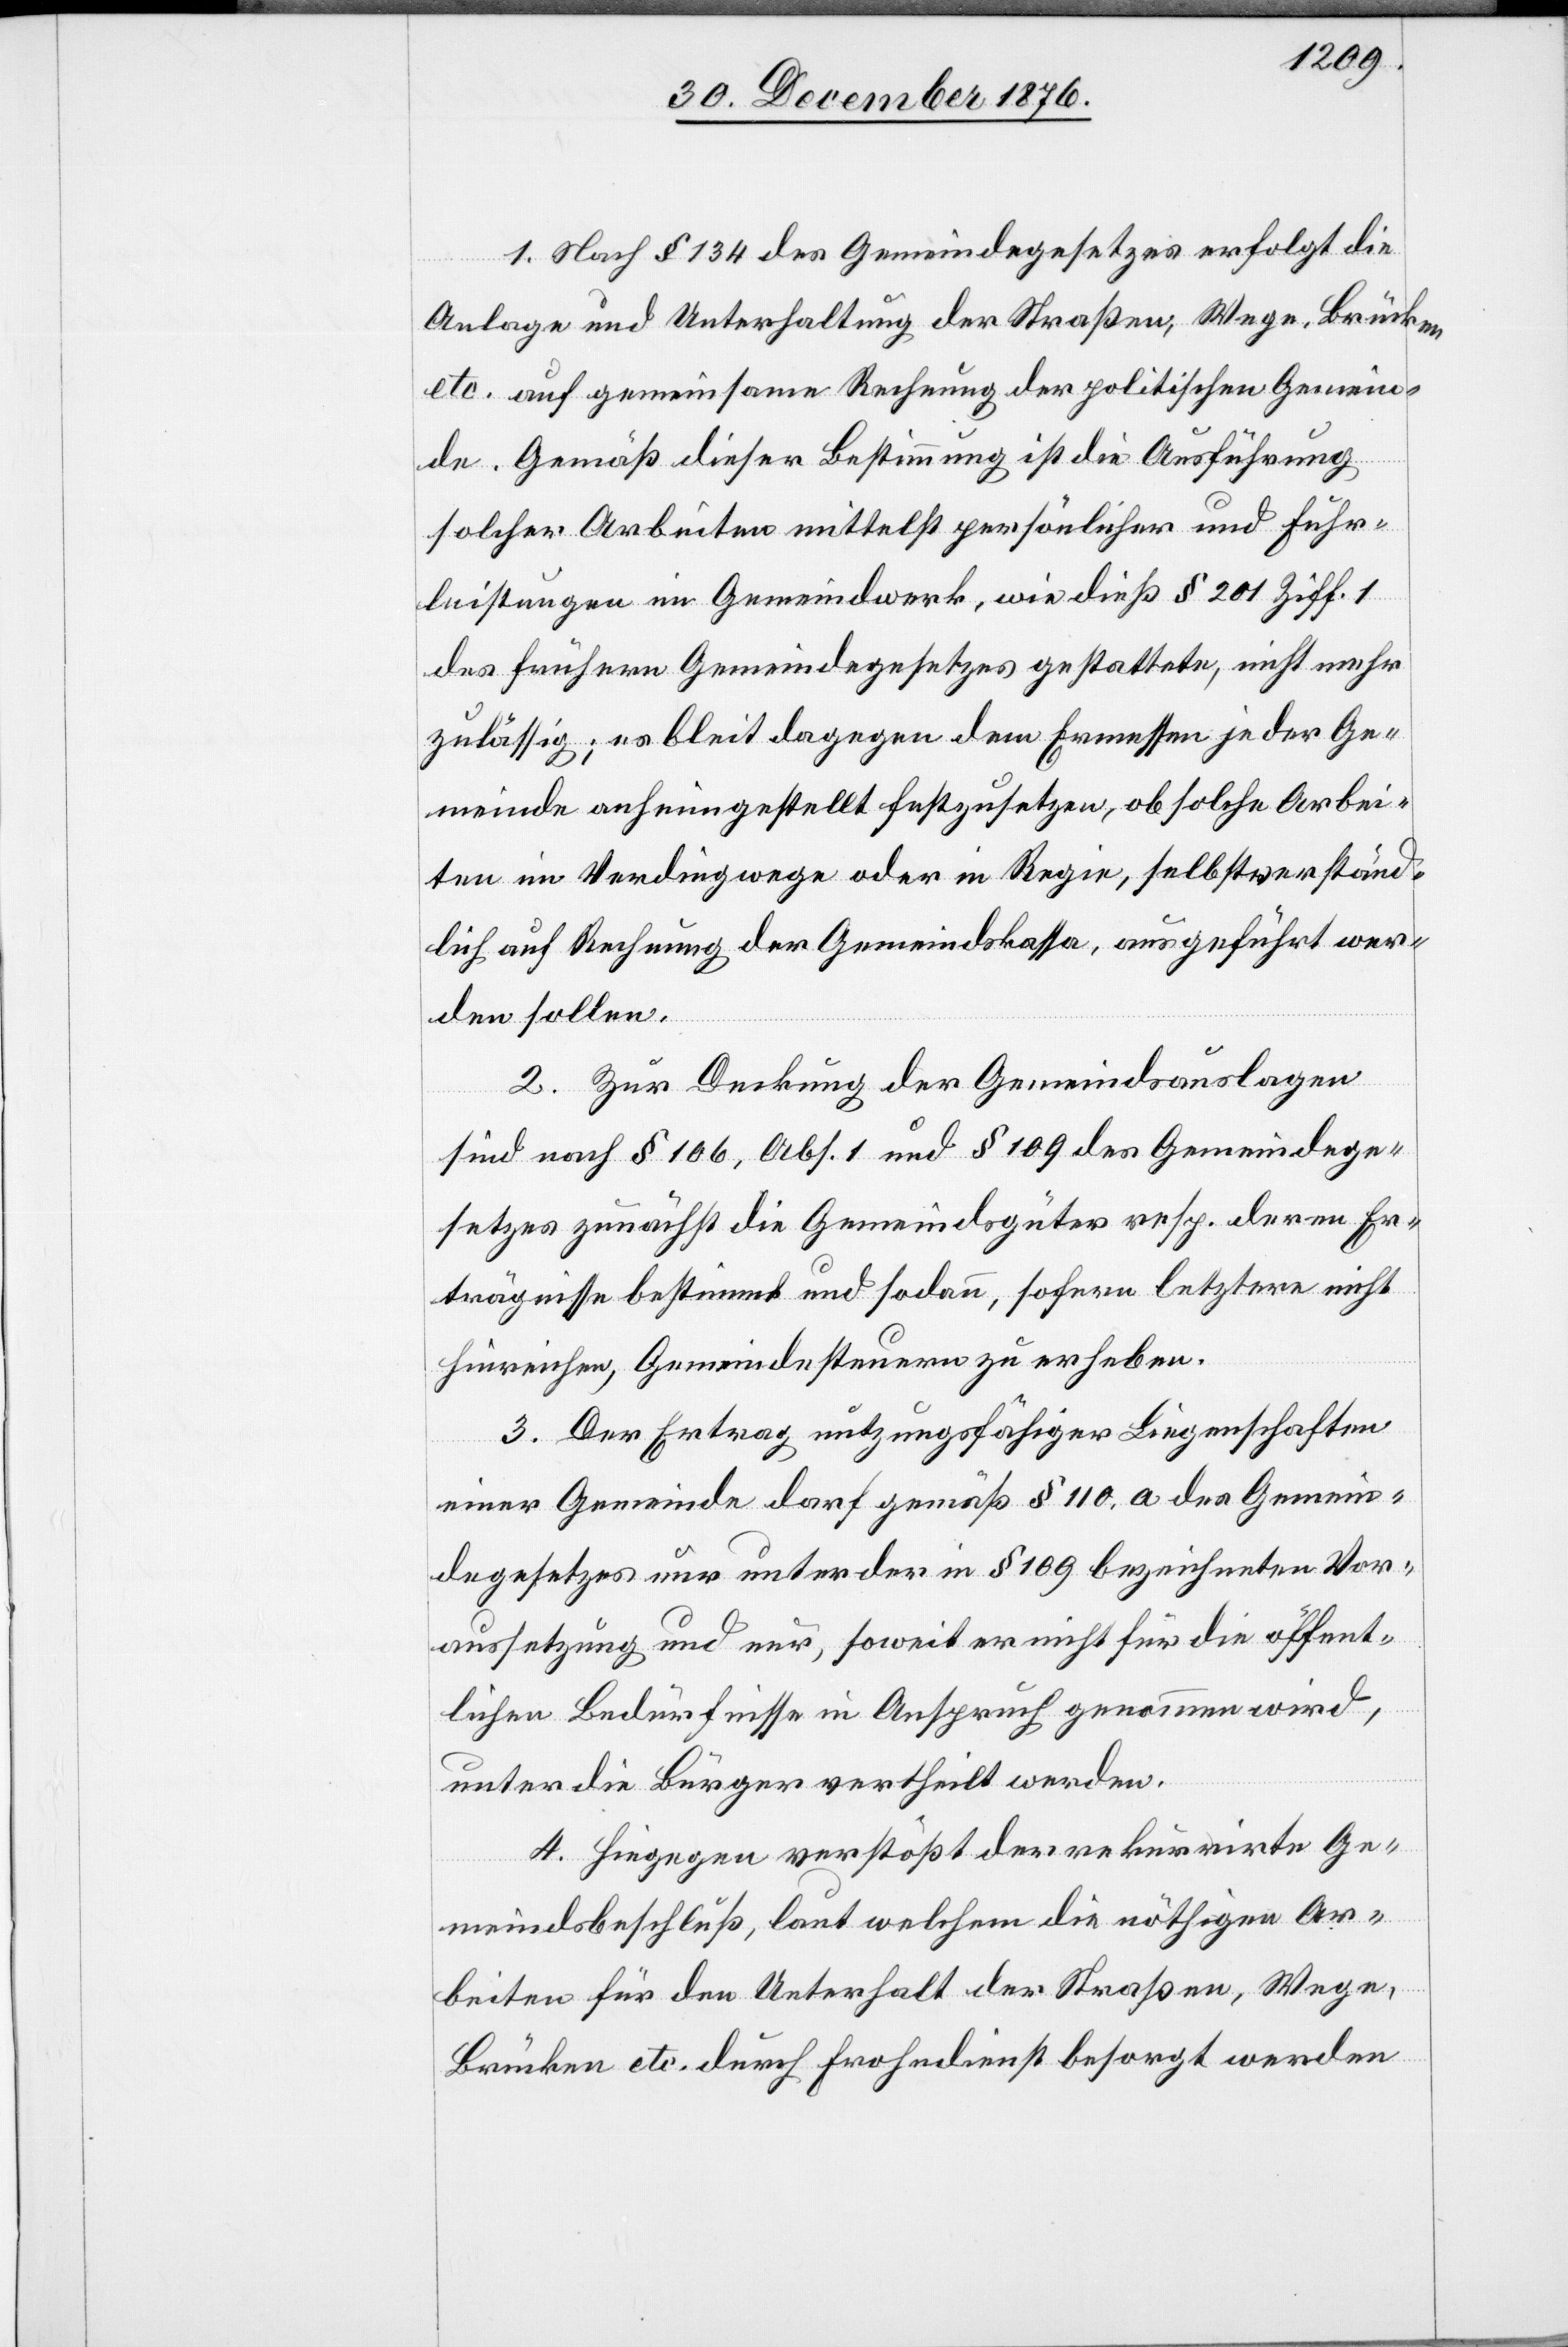
1. Nach § 134 des Gemeindegesetzes erfolgt die
Anlage und Unterhaltung der Straßen, Wege, Brücken
etc. auf gemeinsame Rechnung der politischen Gemein¬
de. Gemäß dieser Bestimmung ist die Ausführung
solcher Arbeiten mittelst persönlicher und Fuhr¬
leistungen im Gemeindwerk, wie dieß § 201 Ziff. 1
des frühern Gemeindegesetzes gestattete, nicht mehr
zulässig; es bliebt dagegen dem Ermessen jeder Ge¬
meinde anheimgestellt festzusetzen, ob solche Arbei¬
ten im Verdingswege oder in Regie, selbstverständ¬
lich auf Rechnung der Gemeindskassa, ausgeführt wer¬
den sollen.
2. Zur Deckung der Gemeindsauslagen
sind nach § 106, Abs. 1 und § 109 des Gemeindege¬
setzes zunächst die Gemeindsgüter resp. deren Er¬
trägnisse bestimmt und sodann sofern letztere nicht
hinreichen, Gemeindesteuern zu erheben.
3. Der Ertrag nutzungsfähiger Liegenschaften
einer Gemeinde darf gemäß § 110. a des Gemein¬
degesetzes nur unter der in § 109 bezeichneten Vor¬
aussetzung und nur, soweit er nicht für die öffent¬
lichen Bedürfnisse in Anspruch genommen wird,
unter die Bürger vertheilt werden.
4. Hiegegen verstößt der rekurrirte Ge¬
meindsbeschluß, laut welchem die nöthigen Ar¬
beiten für den Unterhalt der Straßen, Wege,
Brücken etc. durch Frohndienst besorgt werden